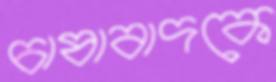
চাষাবাদকে